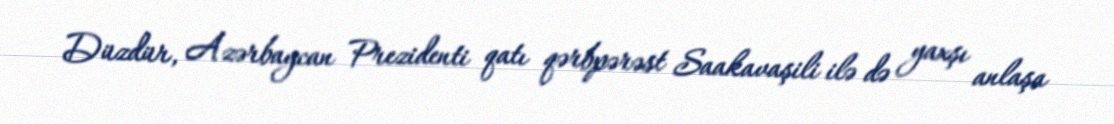
Düzdür, Azərbaycan Prezidenti qatı qərbpərəst Saakavaşili ilə də yaxşı anlaşa